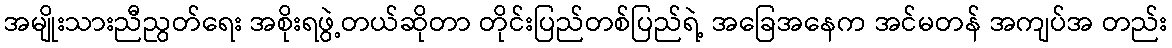
အမျိုးသားညီညွတ်ရေး အစိုးရဖွဲ့တယ်ဆိုတာ တိုင်းပြည်တစ်ပြည်ရဲ့ အခြေအနေက အင်မတန် အကျပ်အ တည်း